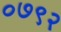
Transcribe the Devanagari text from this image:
०७९२